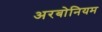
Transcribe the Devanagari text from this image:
अरबोनियम